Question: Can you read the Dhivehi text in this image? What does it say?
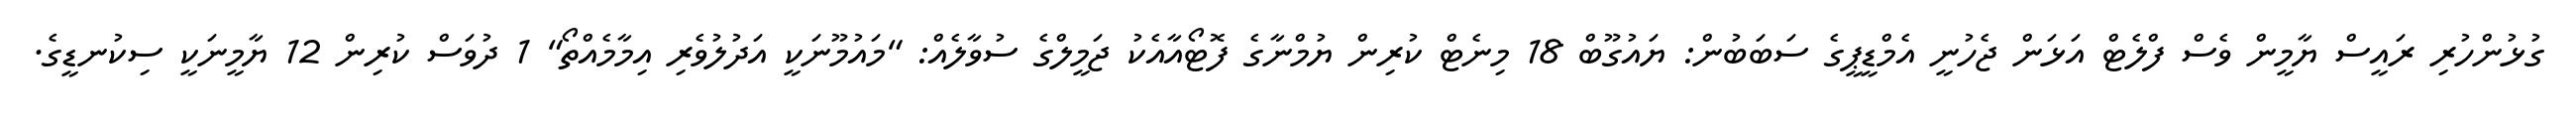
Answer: ގުޅުންހުރި ރައީސް ޔާމީން ވެސް ފްލެޓް އަޅަން ޖެހުނީ އެމްޑީޕީގެ ސަބަބުން: ޔައުގޫބް 18 މިނެޓް ކުރިން ޔުމްނާގެ ފޮޓޯއާއެކު ޖަމީލްގެ ސުވާލެއް: "މައުމޫނަކީ އަދުލުވެރި އިމާމެއްތޯ" 1 ދުވަސް ކުރިން 12 ޔާމީނަކީ ސިކުނޑީގެ.